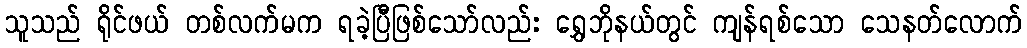
သူသည် ရိုင်ဖယ် တစ်လက်မက ရခဲ့ပြီဖြစ်သော်လည်း ရွှေဘိုနယ်တွင် ကျန်ရစ်သော သေနတ်လောက်